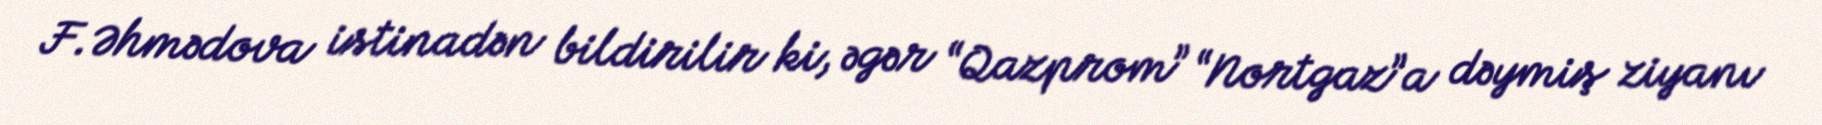
F.Əhmədova istinadən bildirilir ki, əgər “Qazprom” “Nortgaz”a dəymiş ziyanı